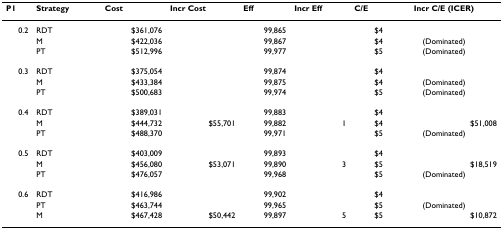
| P1 | Strategy | Cost | Incr Cost | Eff | Incr Eff | C/E | Incr C/E (ICER) |
 | --- | --- | --- | --- | --- | --- | --- | --- |
 | 0.2 | RDT | $361,076 |  | 99,865 |  | $4 |  |
 |  | M | $422,036 |  | 99,867 |  | $4 | (Dominated) |
 |  | PT | $512,996 |  | 99,977 |  | $5 | (Dominated) |
 | 0.3 | RDT | $375,054 |  | 99,874 |  | $4 |  |
 |  | M | $433,384 |  | 99,875 |  | $4 | (Dominated) |
 |  | PT | $500,683 |  | 99,974 |  | $5 | (Dominated) |
 | 0.4 | RDT | $389,031 |  | 99,883 |  | $4 |  |
 |  | M | $444,732 | $55,701 | 99,882 | 1 | $4 | $51,008 |
 |  | PT | $488,370 |  | 99,971 |  | $5 | (Dominated) |
 | 0.5 | RDT | $403,009 |  | 99,893 |  | $4 |  |
 |  | M | $456,080 | $53,071 | 99,890 | 3 | $5 | $18,519 |
 |  | PT | $476,057 |  | 99,968 |  | $5 | (Dominated) |
 | 0.6 | RDT | $416,986 |  | 99,902 |  | $4 |  |
 |  | PT | $463,744 |  | 99,965 |  | $5 | (Dominated) |
 |  | M | $467,428 | $50,442 | 99,897 | 5 | $5 | $10,872 |